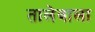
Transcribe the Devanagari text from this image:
तालेवाला